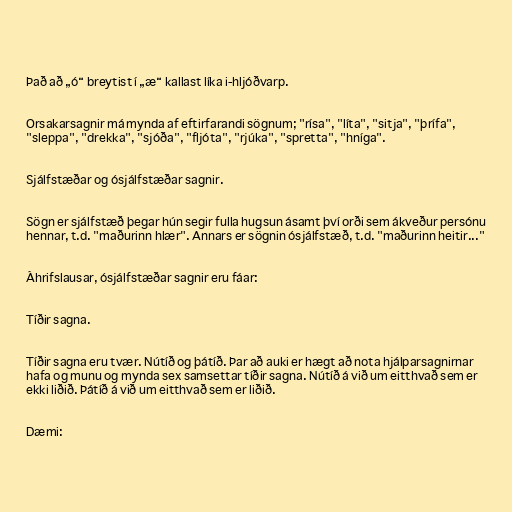
Það að „ó“ breytist í „æ“ kallast líka i-hljóðvarp.

Orsakarsagnir má mynda af eftirfarandi sögnum; "rísa", "líta", "sitja", "þrífa",
"sleppa", "drekka", "sjóða", "fljóta", "rjúka", "spretta", "hníga".

Sjálfstæðar og ósjálfstæðar sagnir.

Sögn er sjálfstæð þegar hún segir fulla hugsun ásamt því orði sem ákveður persónu
hennar, t.d. "maðurinn hlær". Annars er sögnin ósjálfstæð, t.d. "maðurinn heitir..."

Áhrifslausar, ósjálfstæðar sagnir eru fáar:

Tíðir sagna.

Tíðir sagna eru tvær. Nútíð og þátíð. Þar að auki er hægt að nota hjálparsagnirnar
hafa og munu og mynda sex samsettar tíðir sagna. Nútíð á við um eitthvað sem er
ekki liðið. Þátíð á við um eitthvað sem er liðið.

Dæmi: